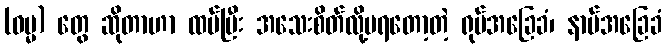
(ဓမ္မ) တွေ ဆိုတာဟာ ထပ်ပြီး အသေးစိတ်လို့မရတော့တဲ့ ရုပ်အခြေခံ၊ နာမ်အခြေခံ